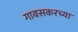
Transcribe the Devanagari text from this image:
गावसकरच्या